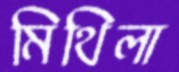
মিথিলা